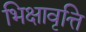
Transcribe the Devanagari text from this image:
भिक्षावृत्ति